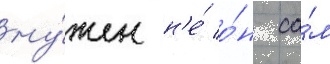
ну́жен н'е́ о́н са́м